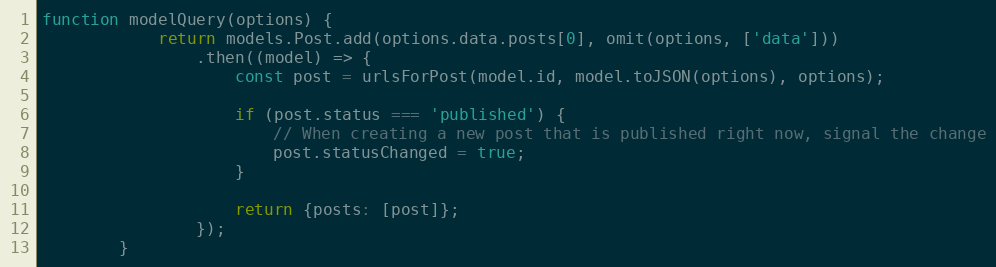
Language: JavaScript
function modelQuery(options) {
            return models.Post.add(options.data.posts[0], omit(options, ['data']))
                .then((model) => {
                    const post = urlsForPost(model.id, model.toJSON(options), options);

                    if (post.status === 'published') {
                        // When creating a new post that is published right now, signal the change
                        post.statusChanged = true;
                    }

                    return {posts: [post]};
                });
        }